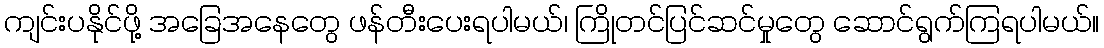
ကျင်းပနိုင်ဖို့ အခြေအနေတွေ ဖန်တီးပေးရပါမယ်၊ ကြိုတင်ပြင်ဆင်မှုတွေ ဆောင်ရွက်ကြရပါမယ်။